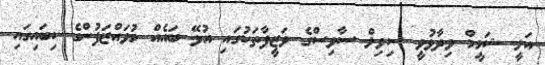
އަލީ ޝަމީމް ވިދާޅުވީ ސިވިލް ސާވިސްގެ ވަޒީފާތަކުގައި އުޅޭ ބައެއް މުވައްޒަފުންގެ ކިބައިގައި